Vaccination in Burma 1920-1933 - 1920-1933
Year: 1920
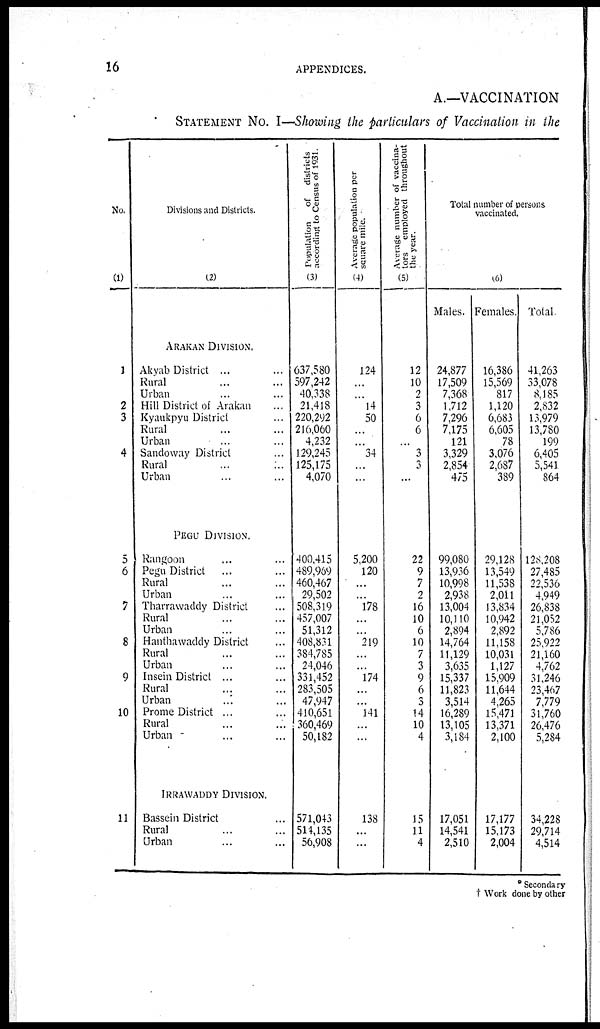
16
APPENDICES.
A.—VACCINATION
STATEMENT NO. I—Showing the particulars of Vaccination in the
No.
(1)
1
2
3
4
5
6
7
8
9
10
11
Divisions and Districts.
(2)
ARAKAN DIVISION.
Akyab District ......
Rural ... ...
Urban ... ...
Hill District of Arakan ...
Kyaukpyu District ...
Rural ... ...
Urban ... ...
Sandoway District ...
Rural ... ...
Urban ... ...
PEGU DIVISION.
Rangoon ... ...
Pegu District ... ...
Rural ... ...
Urban ... ...
Tharrawaddy District ...
Rural ... ...
Urban ... ...
Hanthawaddy District ...
Rural ... ...
Urban ... ...
Insein District ...
Rural ... ...
Urban ... ...
Prome District ... ...
Rural ... ...
Urban ... ...
IRRAWADDY DIVISION.
Bassein District ...
Rural ... ...
Urban ... ...
Population
of districts
according to Census of 1931.
(3)
637,580
597,242
40,338
21,418
220,292
216,060
4,232
129,245
125,175
4,070
400,415
489,969
460,467
29,502
508,319
457,007
51,312
408,831
384,785
24,046
331,452
283,505
47,947
410,651
360,469
50,182
571,043
514,135
56,908
Average population per
square mile.
(4)
124
...
...
14
50
...
...
34
...
...
5,200
120
...
...
178
...
...
219
...
...
174
...
...
141
...
...
138
...
...
Average number of vaccina-
tors employed throughout
the year.
(5)
12
10
2
3
6
6
...
3
3
......
22
9
7
2
16
10
6
10
7
3
9
6
3
14
10
4
15
11
4
Total number of persons
vaccinated.
(6)
Males.
24,877
17,509
7,368
1,712
7,296
7,175
121
3,329
2,854
475
99,080
13,936
10,998
2,938
13,004
10,110
2,894
14,764
11,129
3,635
15,337
11,823
3,514
16,289
13,105
3,184
17,051
14,541
2,510
Females.
16,386
15,569
817
1,120
6,683
6,605
78
3,076
2,687
389
29,128
13,549
11,538
2,011
13,834
10,942
2,892
11,158
10,031
1,127
15,909
11,644
4,265
15,471
13,371
2,100
17,177
15,173
2,004
Total.
41,263
33,078
8,185
2,832
13,979
13,780
199
6,405
5,541
864
128,208
27,485
22,536
4,949
26,838
21,052
5,786
25,922
21,160
4,762
31,246
23,467
7,779
31,760
26,476
5,284
34,228
29,714
4,514
* Secondary
† Work done by other